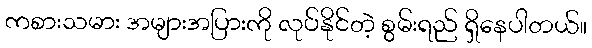
ကစားသမား အများအပြားကို လုပ်နိုင်တဲ့ စွမ်းရည် ရှိနေပါတယ်။